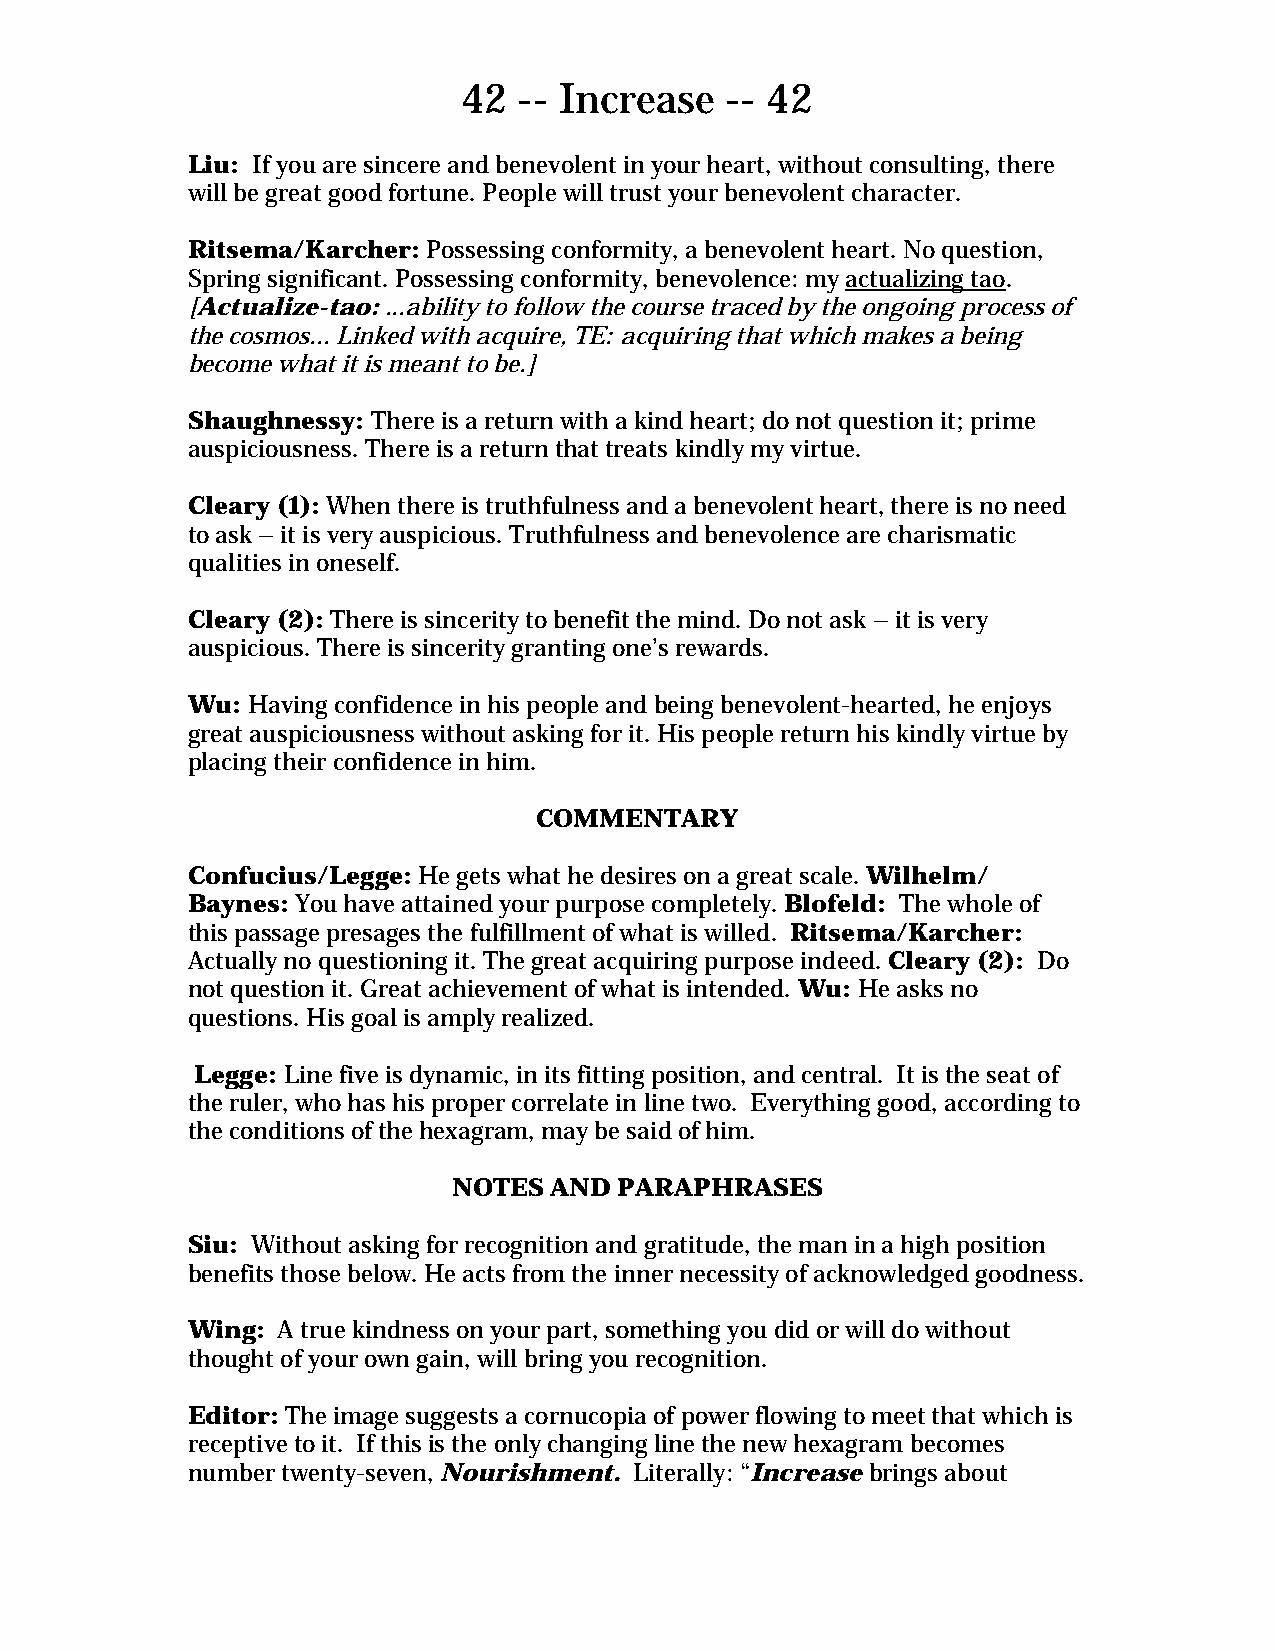
42 -- Increase   -- 42
 Liu: If you are sincere and benevolent in your heart, without consulting, there
 will be great good fortune. People will trust your benevolent character.
 Ritsema/Karcher: Possessing conformity, a benevolent heart. No question,
 Spring significant. Possessing conformity, benevolence: my actualizing tao.
 [Actualize-tao: ...ability to follow the course traced by the ongoing process of
 the cosmos... Linked with acquire, TE: acquiring that which makes a being
 become what it is meant to be.]
 Shaughnessy: There is a return with a kind heart; do not question it; prime
 auspiciousness. There is a return that treats kindly my virtue.
 Cleary (1): When there is truthfulness and a benevolent heart, there is no need
 to ask – it is very auspicious. Truthfulness and benevolence are charismatic
 qualities in oneself.
 Cleary (2): There is sincerity to benefit the mind. Do not ask – it is very
 auspicious. There is sincerity granting one’s rewards.
 Wu: Having confidence in his people and being benevolent-hearted, he enjoys
 great auspiciousness without asking for it. His people return his kindly virtue by
 placing their confidence in him.
 COMMENTARY
 Confucius/Legge: He gets what he desires on a great scale. Wilhelm/
 Baynes: You have attained your purpose completely. Blofeld: The whole of
 this passage presages the fulfillment of what is willed. Ritsema/Karcher:
 Actually no questioning it. The great acquiring purpose indeed. Cleary (2): Do
 not question it. Great achievement of what is intended. Wu: He asks no
 questions. His goal is amply realized.
 Legge: Line five is dynamic, in its fitting position, and central. It is the seat of
 the ruler, who has his proper correlate in line two. Everything good, according to
 the conditions of the hexagram, may be said of him.
 NOTES AND  PARAPHRASES
 Siu: Without asking for recognition and gratitude, the man in a high position
 benefits those below. He acts from the inner necessity of acknowledged goodness.
 Wing: A true kindness on your part, something you did or will do without
 thought of your own gain, will bring you recognition.
 Editor: The image suggests a cornucopia of power flowing to meet that which is
 receptive to it. If this is the only changing line the new hexagram becomes
 number twenty-seven, Nourishment. Literally: “Increase brings about